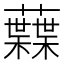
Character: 𧄠